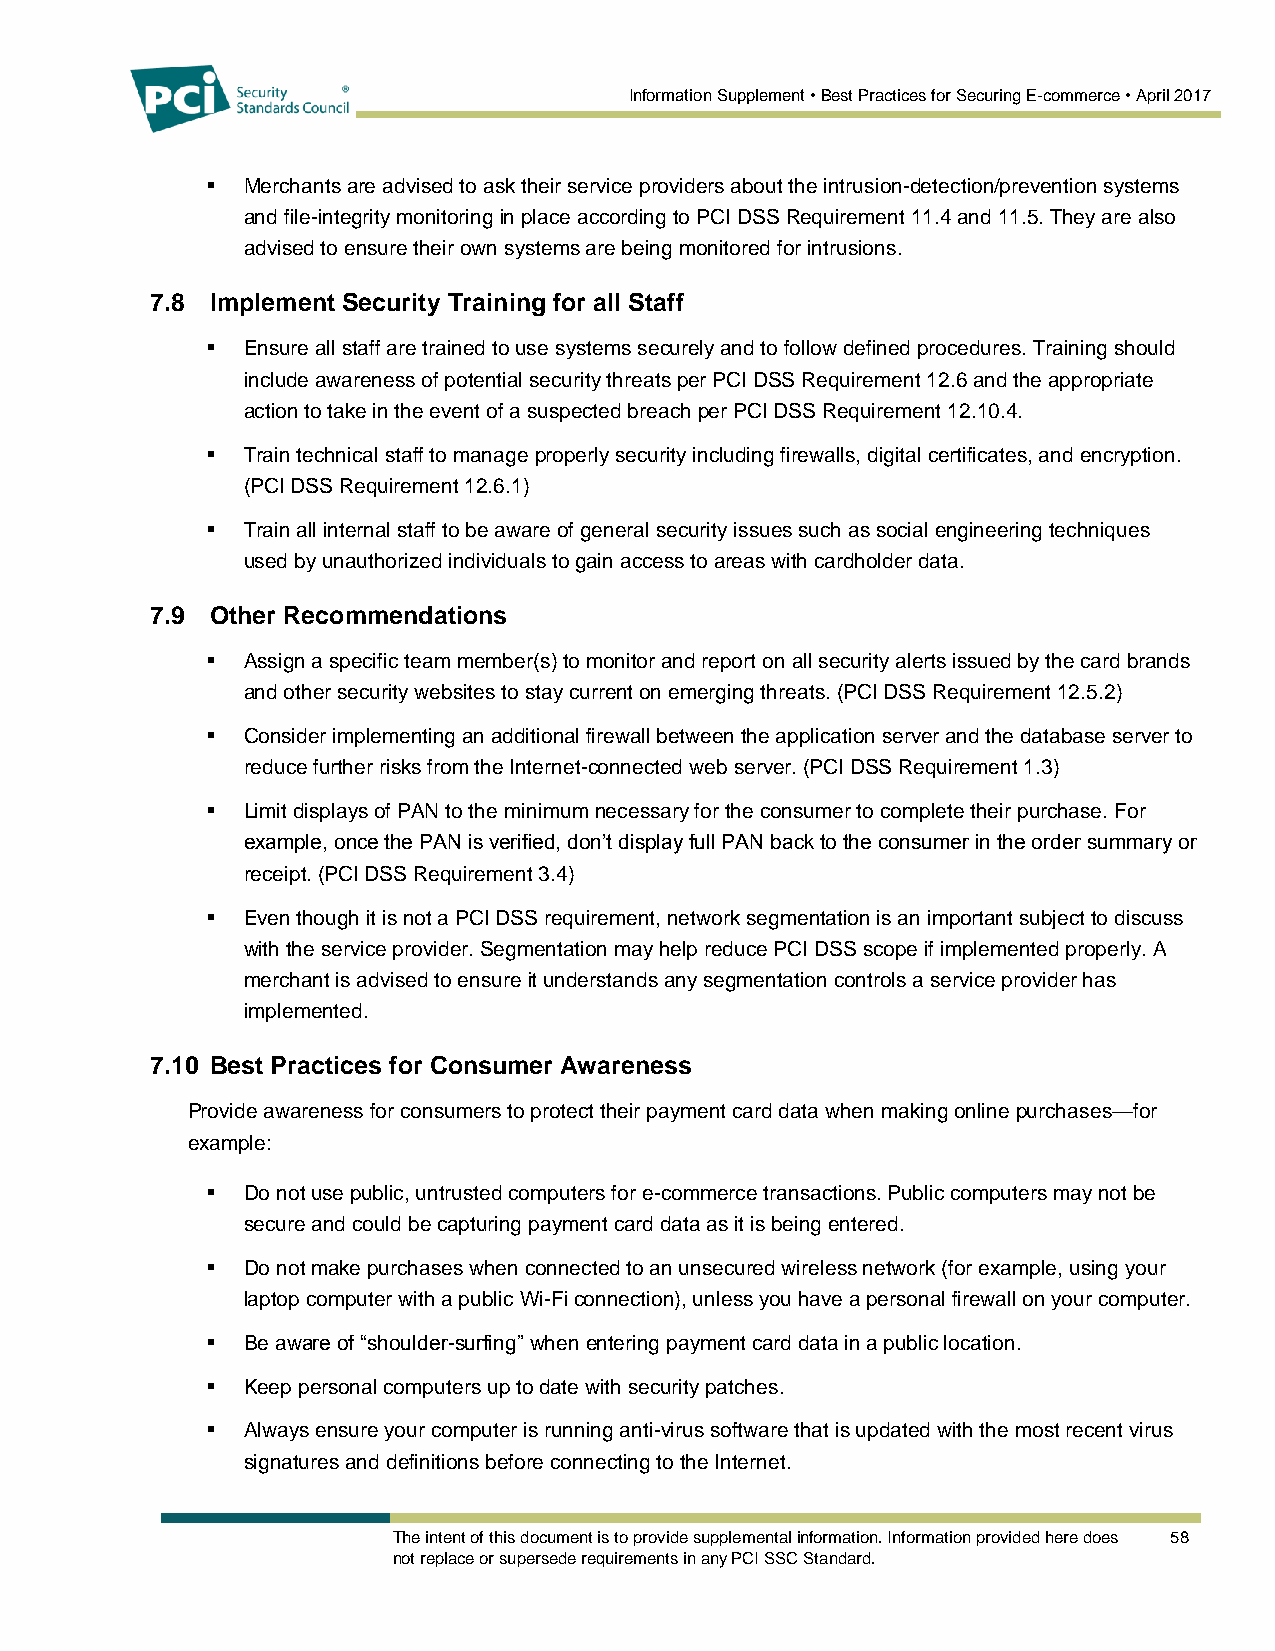
Information Supplement • Best Practices for Securing E-commerce • April 2017
  Merchants are advised to ask their service providers about the intrusion-detection/prevention systems
 and file-integrity monitoring in place according to PCI DSS Requirement 11.4 and 11.5. They are also
 advised to ensure their own systems are being monitored for intrusions.
 7.8 Implement Security Training for all Staff
  Ensure all staff are trained to use systems securely and to follow defined procedures. Training should
 include awareness of potential security threats per PCI DSS Requirement 12.6 and the appropriate
 action to take in the event of a suspected breach per PCI DSS Requirement 12.10.4.
  Train technical staff to manage properly security including firewalls, digital certificates, and encryption.
 (PCI DSS Requirement 12.6.1)
  Train all internal staff to be aware of general security issues such as social engineering techniques
 used by unauthorized individuals to gain access to areas with cardholder data.
 7.9 Other Recommendations
  Assign a specific team member(s) to monitor and report on all security alerts issued by the card brands
 and other security websites to stay current on emerging threats. (PCI DSS Requirement 12.5.2)
  Consider implementing an additional firewall between the application server and the database server to
 reduce further risks from the Internet-connected web server. (PCI DSS Requirement 1.3)
  Limit displays of PAN to the minimum necessary for the consumer to complete their purchase. For
 example, once the PAN is verified, don’t display full PAN back to the consumer in the order summary or
 receipt. (PCI DSS Requirement 3.4)
  Even though it is not a PCI DSS requirement, network segmentation is an important subject to discuss
 with the service provider. Segmentation may help reduce PCI DSS scope if implemented properly. A
 merchant is advised to ensure it understands any segmentation controls a service provider has
 implemented.
 7.10 Best Practices for Consumer Awareness
 Provide awareness for consumers to protect their payment card data when making online purchases—for
 example:
  Do not use public, untrusted computers for e-commerce transactions. Public computers may not be
 secure and could be capturing payment card data as it is being entered.
  Do not make purchases when connected to an unsecured wireless network (for example, using your
 laptop computer with a public Wi-Fi connection), unless you have a personal firewall on your computer.
  Be aware of “shoulder-surfing” when entering payment card data in a public location.
  Keep personal computers up to date with security patches.
  Always ensure your computer is running anti-virus software that is updated with the most recent virus
 signatures and definitions before connecting to the Internet.
 The intent of this document is to provide supplemental information. Information provided here does 58
 not replace or supersede requirements in any PCI SSC Standard.